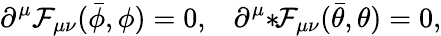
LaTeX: \partial^{\mu}\mathcal{F}_{\mu\nu}(\bar{{\phi}},\phi)=0,\; \; \; \partial^{\mu}{*}\! \mathcal{F}_{\mu\nu}(\bar{{\theta}},\theta)=0,